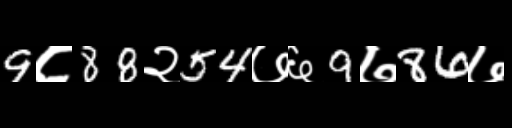
Text: 9८88२54७६9७86७